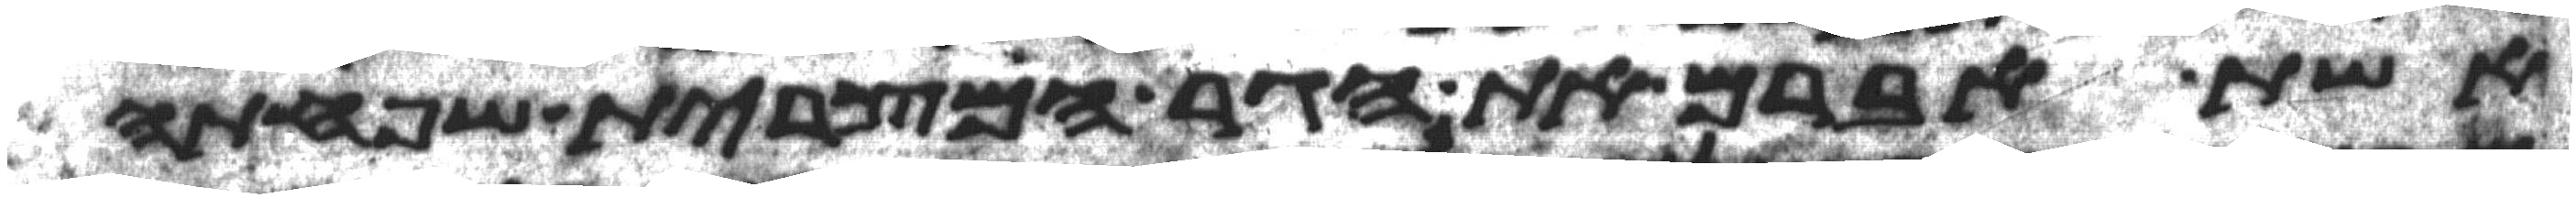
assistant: אשת אברם את הגר המצרית שפחתה